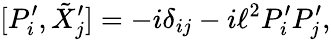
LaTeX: [P_{i}^{\prime},\tilde{X}_{j}^{\prime}]=-i\delta_{ij}-i\ell^{2}P_{i}^{\prime}P_{j}^{\prime},